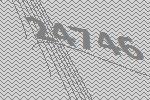
24746